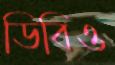
ডিবিও